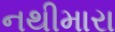
નથીમારા